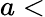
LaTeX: a<